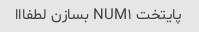
پایتخت NUM۱ بسازن لطفااا